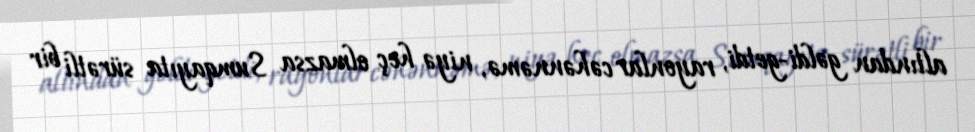
altından gəldi-getdi, rayonlar cəhənnəmə, niyə heç olmazsa Sumqayıta sürətli bir